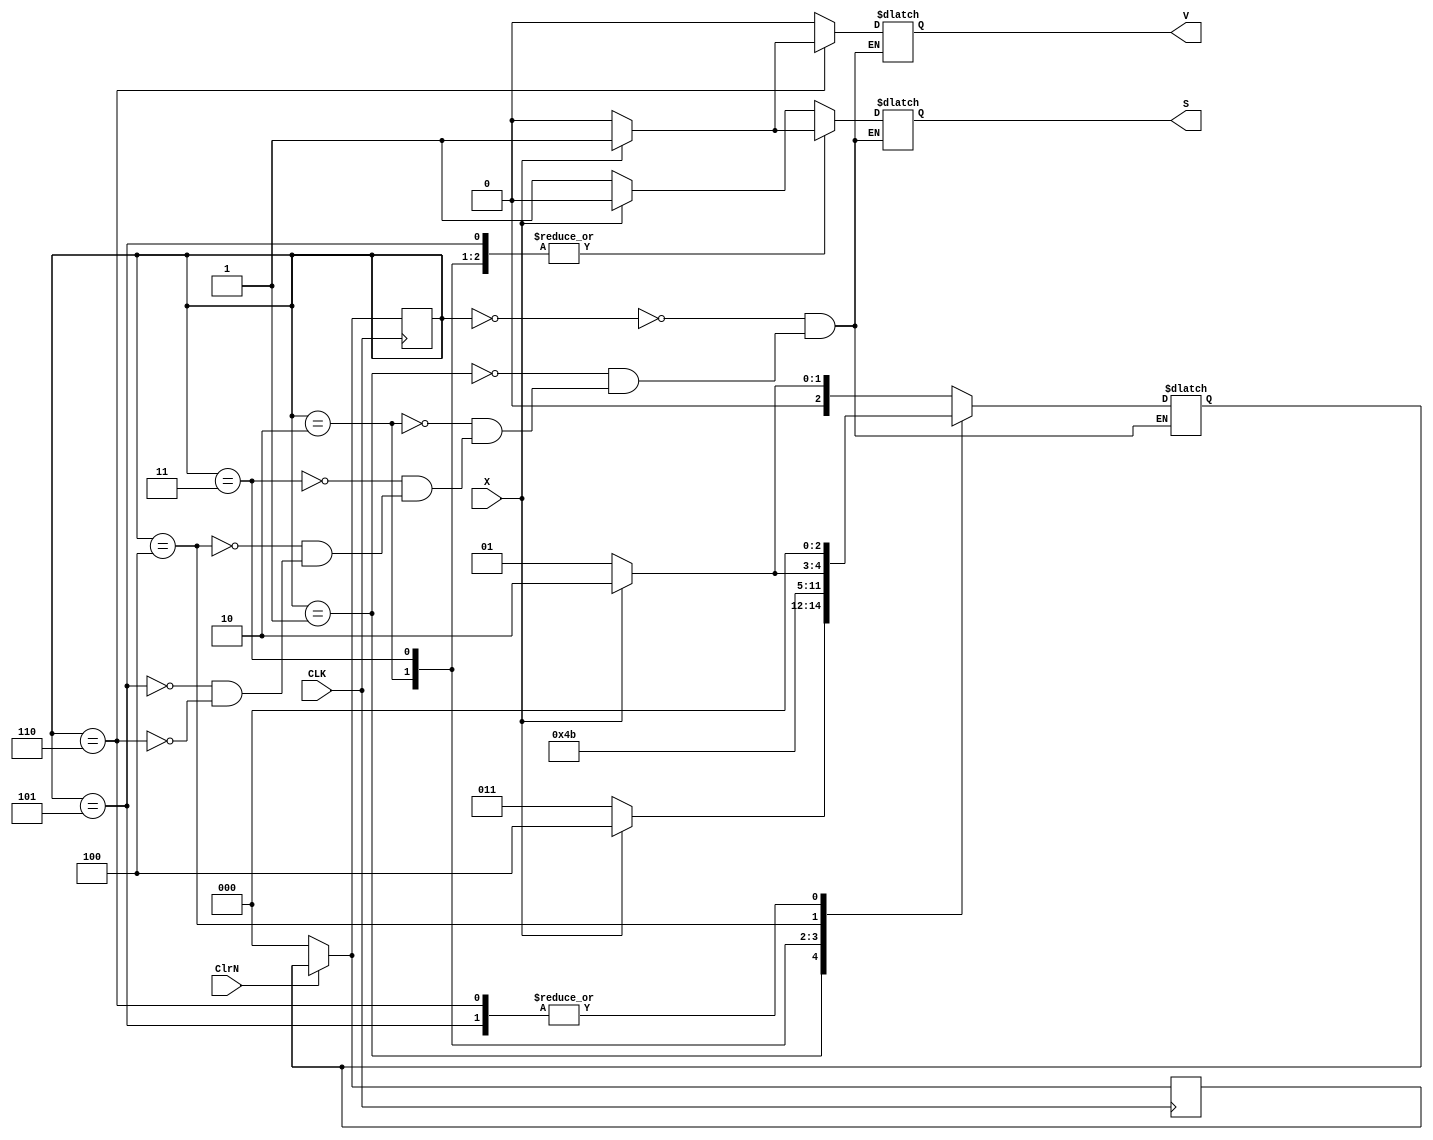
module ExCode_Converter(ClrN,X,CLK,S,V);
input X,CLK,ClrN;
output reg S,V;

reg [2:0] State;
reg [2:0] Next_State;


always @(State or X)
begin 
case(State)
0 : begin 
	if(X == 1'b0)
	begin 
	S = 1'b1;
	V = 1'b0;
	Next_State = 1;
	end 
	else
	begin
	S = 1'b0;
	V = 1'b0;
	Next_State = 2;
	end
    end
1 : begin 
	if(X == 1'b0)
	begin 
	S = 1'b1;
	V = 1'b0;
	Next_State = 3;
	end
	else
	begin 
	S = 1'b0;
	V = 1'b0;
	Next_State = 4;
	end
    end
2 : begin 
	if(X == 1'b0)
	begin 
	S = 1'b0;
	V = 1'b0;
	Next_State = 4;
	end
	else 
	begin 
	S = 1'b1;
	V = 1'b0;
	Next_State = 4;
	end
    end 
3 : begin 
	if(X == 1'b0)
	begin
	S = 1'b0;
	V = 1'b0;
	Next_State = 5;
	end
	else 
	begin 
	S = 1'b1;
	V = 1'b0;
	Next_State = 5;
	end
     end
4 : begin 
	if(X == 1'b0)
	begin
	S = 1'b1;
	V = 1'b0;
	Next_State = 5;
	end
	else 
	begin 
	S = 1'b0;
	V = 1'b0;
	Next_State = 6;
	end
     end
5 : begin 
	if(X == 1'b0)
	begin
	S = 1'b0;
	V = 1'b0;
	Next_State = 0;
	end
	else 
	begin 
	S = 1'b1;
	V = 1'b0;
	Next_State = 0;
	end
     end
6 : begin 
	if(X == 1'b0)
	begin
	S = 1'b1;
	V = 1'b0;
	Next_State = 0;
	end
	else 
	begin 
	S = 1'b0; 
	V = 1'b1;
	Next_State = 0;
	end
     end
default : begin 
end
endcase
end

always @(negedge CLK)
begin 
if(~ClrN)
begin 
State <= 0;
Next_State <= 0;
end 
else
State <= Next_State;
end
endmodule